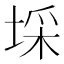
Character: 埰